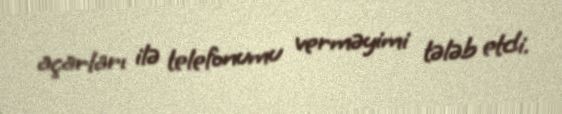
açarları ilə telefonumu verməyimi tələb etdi.